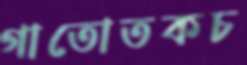
গাতোতকচ